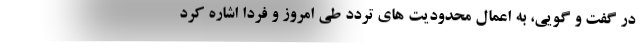
در گفت و گویی، به اعمال محدودیت های تردد طی امروز و فردا اشاره کرد